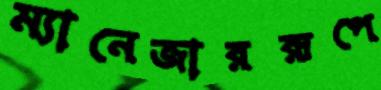
ম্যানেজাররূপে